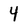
Character: 4